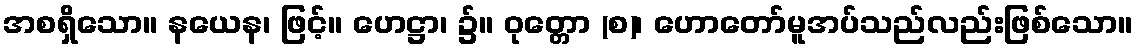
အစရှိသော။ နယေန၊ ဖြင့်။ ဟေဋ္ဌာ၊ ၌။ ဝုတ္တော (စ)၊ ဟောတော်မူအပ်သည်လည်းဖြစ်သော။